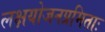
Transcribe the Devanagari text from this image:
लक्षयोजनप्रमिताः